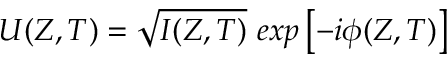
U ( Z , T ) = \sqrt { I ( Z , T ) } \ e x p \left[ - i \phi ( Z , T ) \right]